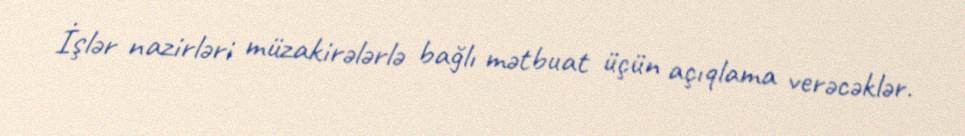
İşlər nazirləri müzakirələrlə bağlı mətbuat üçün açıqlama verəcəklər.